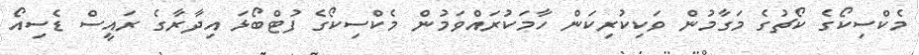
މެކްސިކޯގެ ކޯޗުގެ މަގާމުން ވަކިކުރިކަން ހާމަކުރައްވަމުން މެކްސިކޯގެ ފުޓްބޯޅަ އިދާރާގެ ރައީސް ޑެސިއޯ